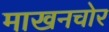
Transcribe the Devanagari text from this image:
माखनचोर